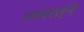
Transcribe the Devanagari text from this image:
जयरत्ने